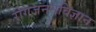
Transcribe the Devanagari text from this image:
रोगजननविज्ञान